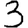
Digit: 3